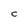
Character: C